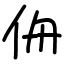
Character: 侜